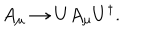
A _ { \mu } \rightarrow U A _ { \mu } U ^ { \dagger } .